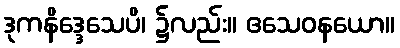
ဒုကနိဒ္ဒေသေပိ၊ ၌လည်း။ ဧသေဝနယော။